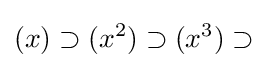
(x)\supset (x^{2})\supset (x^{3})\supset